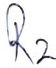
Text: R2